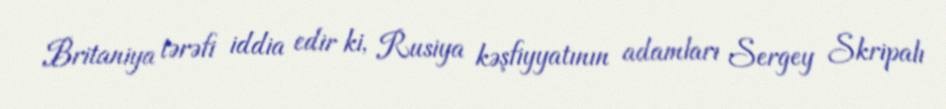
Britaniya tərəfi iddia edir ki, Rusiya kəşfiyyatının adamları Sergey Skripalı